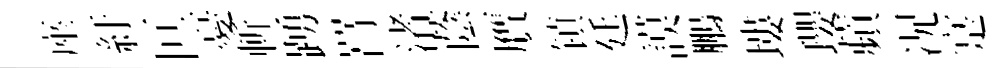
座紆叵憂斬踴罥渚蔭贋镇廷謨鵬塿瓔蘋况寔